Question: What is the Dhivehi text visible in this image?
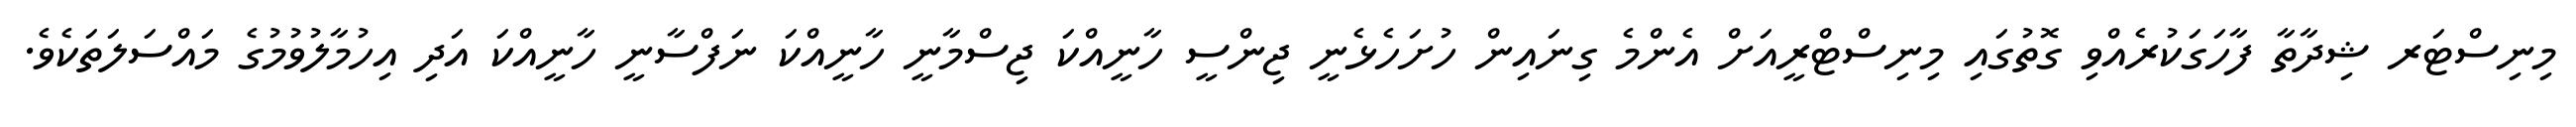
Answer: މިނިސްޓަރ ޝިދާތާ ފާހަގަކުރެއްވި ގޮތުގައި މިނިސްޓްރީއަށް އެންމެ ގިނައިން ހުށަހެޅެނީ ޖިންސީ ހާނީއްކަ ޖިސްމާނީ ހާނީއްކަ ނަފްސާނީ ހާނީއްކަ އަދި އިހުމާލުވުމުގެ މައްސަލަތަކެވެ.